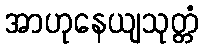
အာဟုနေယျသုတ္တံ